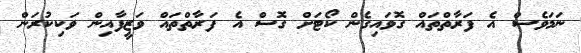
ނަމަވެސް އެ ފަރާތްތައް ގޮވައިގެން ކޯޓަށް ގޮސް އެ ފަރާތްތައް ވަޒީފާއިން ވަކިކުރަން